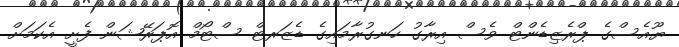
ޔޫއެސްގެ ޕްރެޒިޑެންޓް ވެސް އިރާގު ހަނގުރާމައިގެ ޑެޒަރޓް ސްޓޯމް އޮޕަރޭޝަން ފެށީ އެކަމަށް